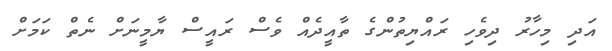
އަދި މިހާރު ދިވެހި ރައްޔިތުންގެ ތާއީދެއް ވެސް ރައީސް ޔާމީނަށް ނެތް ކަމަށް